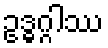
ဥဒ္ဓဂ္ဂါဿ